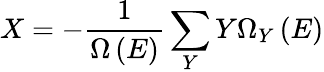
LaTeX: X=-{\frac{1}{\Omega\left(E\right)}}\sum_{Y}Y\Omega_{Y}\left(E\right)